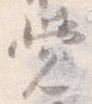
覚